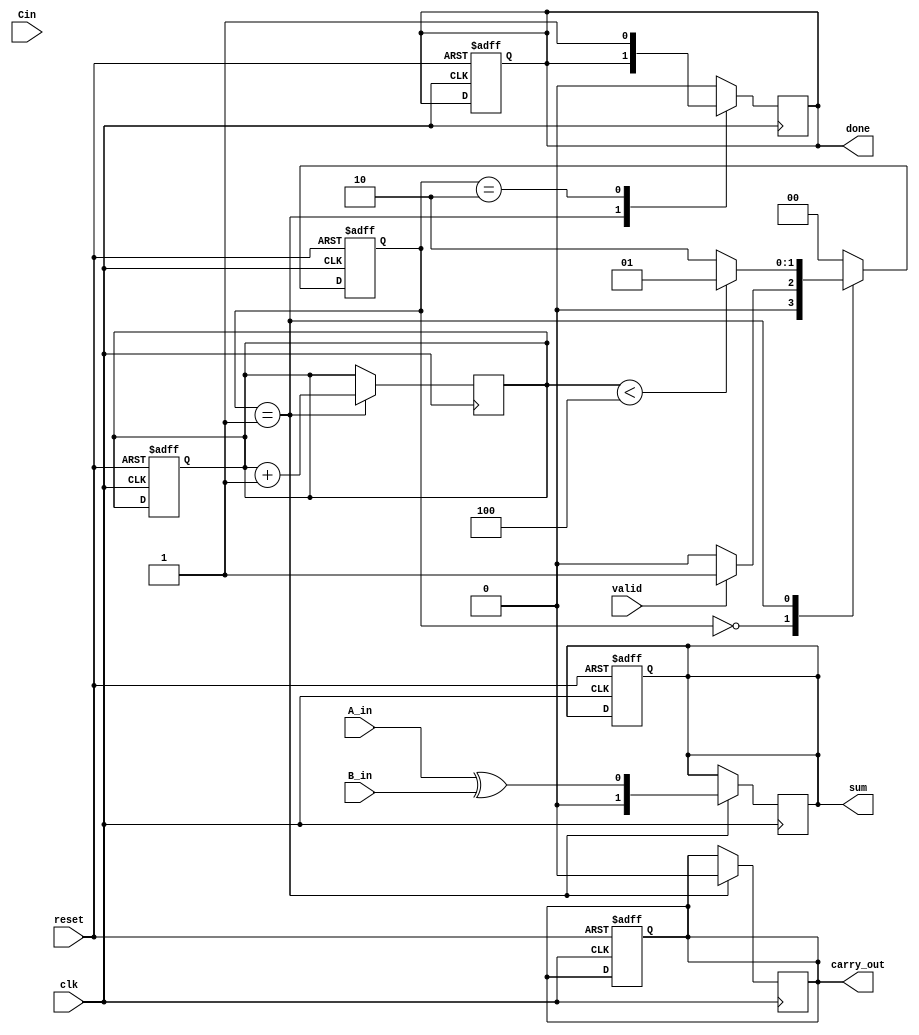
module CarrySaveAdder (
    input wire clk,           // Clock signal
    input wire reset,         // Reset signal
    input wire A_in,         // Serial input for operand A
    input wire B_in,         // Serial input for operand B
    input wire Cin,          // Carry-in
    input wire valid,        // Signal indicating that new bits are valid
    output reg [1:0] sum,    // Sum output (2 bits to accommodate carry)
    output reg carry_out,     // Carry-out output
    output reg done          // Signal indicating that addition is complete
);

    reg [1:0] carry;         // Carry register
    reg [1:0] temp_sum;      // Temporary sum register
    reg [3:0] bit_count;     // Bit counter

    // State machine states
    localparam IDLE = 2'b00,
               PROCESS = 2'b01,
               DONE = 2'b10;

    reg [1:0] state, next_state;

    // State transition logic
    always @(posedge clk or posedge reset) begin
        if (reset) begin
            state <= IDLE;
            bit_count <= 0;
            sum <= 0;
            carry <= 0;
            carry_out <= 0;
            done <= 0;
        end else begin
            state <= next_state;
        end
    end

    // Next state logic
    always @(*) begin
        case (state)
            IDLE: begin
                if (valid) begin
                    next_state = PROCESS;
                end else begin
                    next_state = IDLE;
                end
            end
            PROCESS: begin
                if (bit_count < 4) begin // Assuming 4 bits for A and B
                    next_state = PROCESS;
                end else begin
                    next_state = DONE;
                end
            end
            DONE: begin
                next_state = IDLE; // Go back to IDLE after processing
            end
            default: next_state = IDLE;
        endcase
    end

    // Output logic
    always @(posedge clk) begin
        case (state)
            PROCESS: begin
                // Calculate sum and carry
                temp_sum = A_in ^ B_in; // Half adder for LSB
                carry = (A_in & B_in) | (temp_sum & Cin); // Full adder logic

                // Update outputs
                sum <= {carry[0], temp_sum}; // Store sum
                carry_out <= carry[1]; // Carry out
                bit_count <= bit_count + 1; // Increment bit count
            end
            DONE: begin
                done <= 1; // Indicate completion
            end
            default: begin
                done <= 0; // Reset done signal
            end
        endcase
    end

endmodule